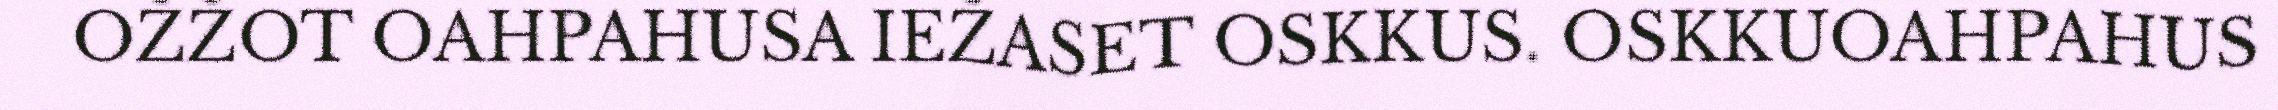
OŽŽOT OAHPAHUSA IEŽASET OSKKUS. OSKKUOAHPAHUS